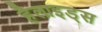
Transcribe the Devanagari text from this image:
हैलाइड्स